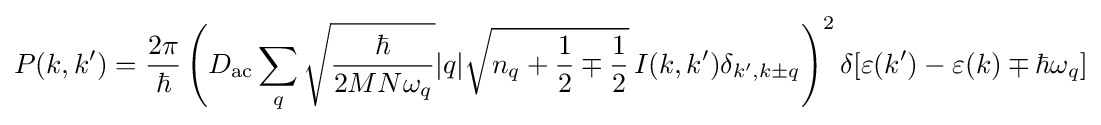
P(k,k')={\frac {2\pi }{\hbar }}\left(D_{\text{ac}}\sum _{q}{\sqrt {\frac {\hbar }{2MN\omega _{q}}}}|q|{\sqrt {n_{q}+{\frac {1}{2}}\mp {\frac {1}{2}}}}\,I(k,k')\delta _{k',k\pm q}\right)^{2}\delta [\varepsilon (k')-\varepsilon (k)\mp \hbar \omega _{q}]